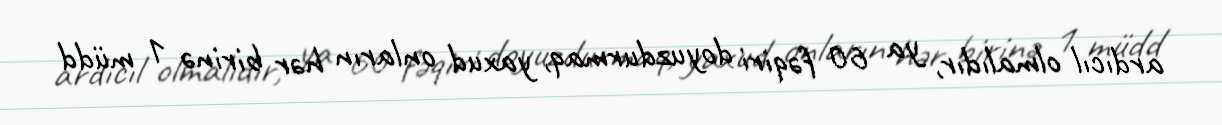
ardıcıl olmalıdır, ya 60 fəqiri doyuzdurmaq, yaxud onların hər birinə 1 müdd